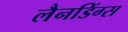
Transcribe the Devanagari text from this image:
लैनडिंग्स